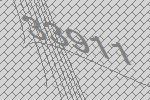
33911